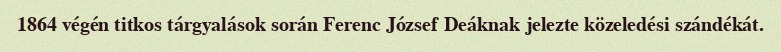
1864 végén titkos tárgyalások során Ferenc József Deáknak jelezte közeledési szándékát.